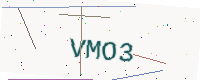
Text: VMO3